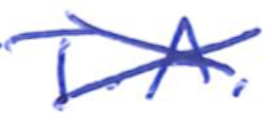
Text: T.A.
Cross-out: cross
Writing tool: ballpoint